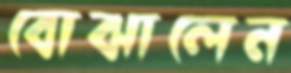
বোঝালেন